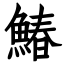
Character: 鰆